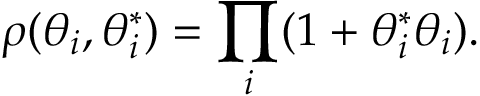
\rho ( \theta _ { i } , \theta _ { i } ^ { * } ) = \prod _ { i } ( 1 + \theta _ { i } ^ { * } \theta _ { i } ) .